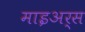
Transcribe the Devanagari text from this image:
माइअर्स